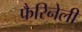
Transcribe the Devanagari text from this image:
फैरिनेली